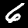
Digit: 6